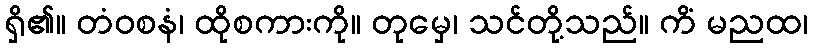
ရှိ၏။ တံဝစနံ၊ ထိုစကားကို။ တုမှေ၊ သင်တို့သည်။ ကိံ မညထ၊